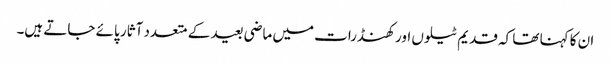
ان کا کہنا تھا کہ قدیم ٹیلوں اور کھنڈرات میں ماضی بعید کے متعدد آثار پائے جاتے ہیں۔